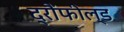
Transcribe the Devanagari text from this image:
द्रौंफील्ड